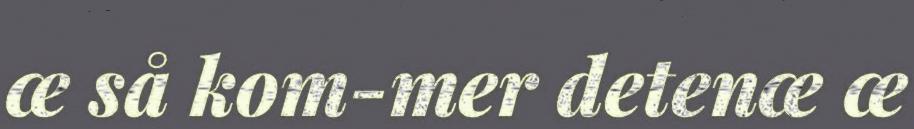
œ så kom-mer detenœ œ